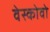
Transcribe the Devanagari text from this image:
वेस्कोवो